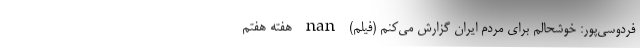
فردوسی‌پور: خوشحالم برای مردم ایران گزارش می‌کنم (فیلم) nan هفته هفتم